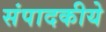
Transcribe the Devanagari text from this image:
संपादकीये